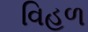
વિહળ